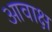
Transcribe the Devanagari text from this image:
आवाक्ष